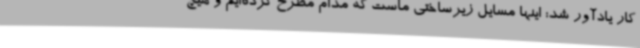
کار یادآور شد: اینها مسایل زیرساختی ماست که مدام مطرح کرده‌ایم و هیچ